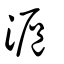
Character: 𣺣